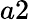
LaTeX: a2